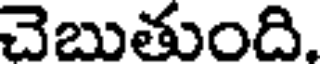
చెబుతుంది.